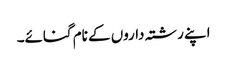
اپنے رشتہ داروں کے نام گنائے۔